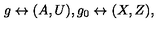
g \leftrightarrow ( A , U ) , g _ { 0 } \leftrightarrow ( X , Z ) ,